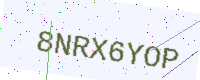
Text: 8NRX6YOP